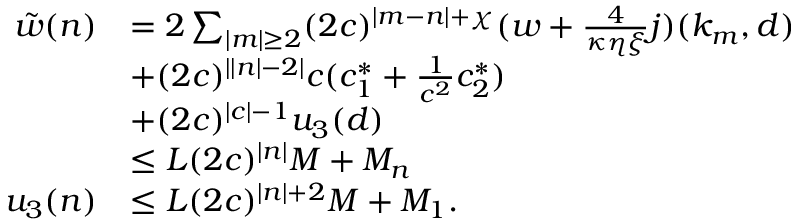
\begin{array} { r l } { \tilde { w } ( n ) } & { = 2 \sum _ { \vert m \vert \ge 2 } ( 2 c ) ^ { \vert m - n \vert + \chi } ( w + \frac 4 { \kappa \eta \xi } j ) ( k _ { m } , d ) } \\ & { + ( 2 c ) ^ { \vert \vert n \vert - 2 \vert } c ( c _ { 1 } ^ { \ast } + \frac 1 { c ^ { 2 } } c _ { 2 } ^ { \ast } ) } \\ & { + ( 2 c ) ^ { \vert c \vert - 1 } u _ { 3 } ( d ) } \\ & { \le L ( 2 c ) ^ { \vert n \vert } M + M _ { n } } \\ { u _ { 3 } ( n ) } & { \le L ( 2 c ) ^ { \vert n \vert + 2 } M + M _ { 1 } . } \end{array}